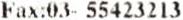
FAX:03- 55423213